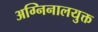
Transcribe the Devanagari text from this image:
अग्निनालयुक्त